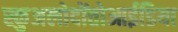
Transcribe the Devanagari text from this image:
स्कुअलोदोंतोआईडिया